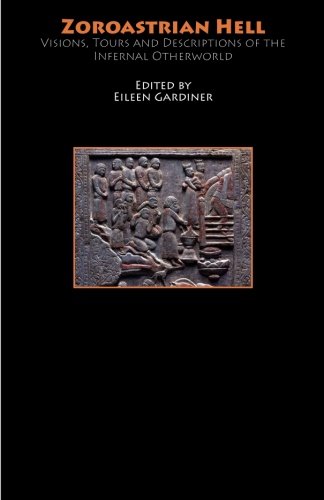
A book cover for Zoroastrian Hell: Visions, Tours and Descriptions of the Infernal Otherworld (Hell-on-Line E-Books); Eileen Gardiner; Religion & Spirituality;